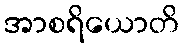
အာစရိယောတိ